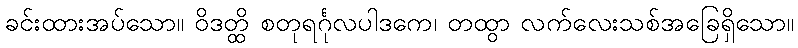
ခင်းထားအပ်သော။ ဝိဒတ္ထိ စတုရင်္ဂုလပါဒကေ၊ တထွာ လက်လေးသစ်အခြေရှိသော။